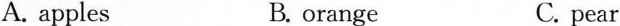
A. applesB. orangeC. pear